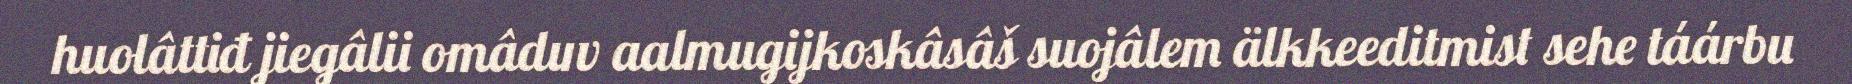
huolâttiđ jiegâlii omâduv aalmugijkoskâsâš suojâlem älkkeeditmist sehe táárbu